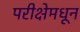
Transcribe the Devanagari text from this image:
परीक्षेमधून